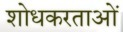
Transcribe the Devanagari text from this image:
शोधकरताओं